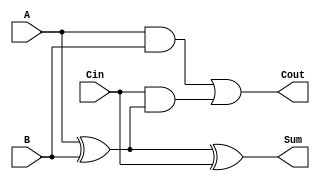
module low_power_full_adder (
    input wire A,     // First input bit
    input wire B,     // Second input bit
    input wire Cin,   // Carry-in bit
    output wire Sum,  // Sum output
    output wire Cout  // Carry-out output
);

// Intermediate signals
wire AxorB; // A XOR B
wire AandB; // A AND B

// Logic operations
assign AxorB = A ^ B;       // A XOR B
assign Sum = AxorB ^ Cin;   // Sum = (A XOR B) XOR Cin
assign AandB = A & B;       // A AND B
assign Cout = AandB | (Cin & AxorB); // Cout = (A AND B) OR (Cin AND (A XOR B))

endmodule